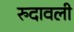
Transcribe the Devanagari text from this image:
रुदावली